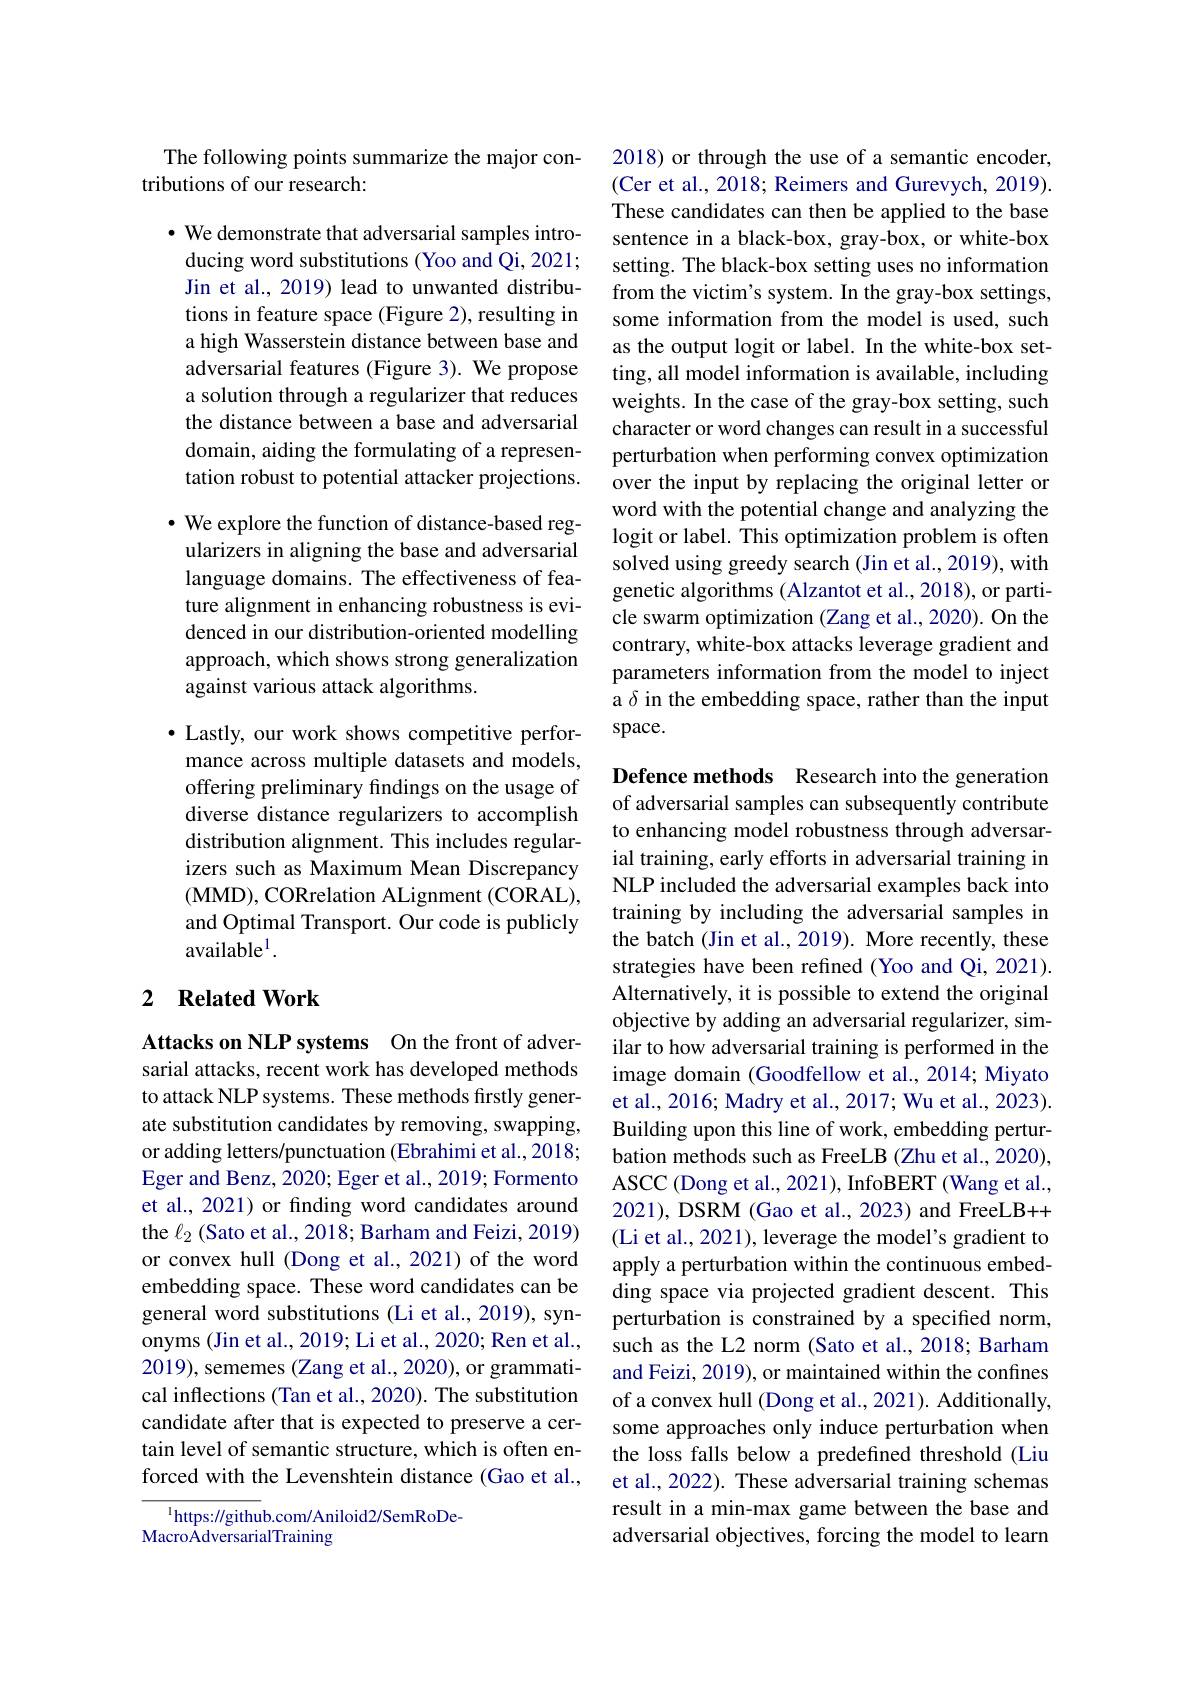
The following points summarize the major con-
tributions of our research:

$\cdot$ We demonstrate that adversarial samples introducing word substitutions (Yoo and Qi, 2021; Jin et al., 2019) lead to unwanted distributions in feature space (Figure 2), resulting in a high Wasserstein distance between base and adversarial features (Figure 3). We propose a solution through a regularizer that reduces the distance between a base and adversarial domain, aiding the formulating of a representation robust to potential attacker projections.

· We explore the function of distance-based regularizers in aligning the base and adversarial language domains. The effectiveness of feature alignment in enhancing robustness is evidenced in our distribution-oriented modelling approach, which shows strong generalization against various attack algorithms.

$\bullet$ Lastly, our work shows competitive performance across multiple datasets and models, offering preliminary findings on the usage of diverse distance regularizers to accomplish distribution alignment. This includes regularizers such as Maximum Mean Discrepancy (MMD),CORrelation ALignment (CORAL), and Optimal Transport. Our code is publicly available$^1.$

### 2 $\textbf{Related Work}$

Attacks on NLP systems On the front of adversarial attacks, recent work has developed methods to attack NLP systems. These methods firstly generate substitution candidates by removing, swapping, or adding letters/punctuation (Ebrahimi et al.,2018; Eger and Benz, 2020; Eger et al., 2019; Formento et al., 2021) or finding word candidates around the $\ell_2$ (Sato et al., 2018; Barham and Feizi, 2019) or convex hull (Dong et al., 2021) of the word embedding space. These word candidates can be general word substitutions (Li et al., 2019), synonyms (Jin et al., 2019; Li et al., 2020; Ren et al., 2019), sememes (Zang et al., 2020), or grammatical inflections (Tan et al., 2020). The substitution candidate after that is expected to preserve a certain level of semantic structure, which is often enforced with the Levenshtein distance (Gao et al.,
$^{1}$https://github.com/Aniloid2/SemRoDe-

MacroAdversarialTraining

2018) or through the use of a semantic encoder, (Cer et al., 2018; Reimers and Gurevych, 2019). These candidates can then be applied to the base sentence in a black-box, gray-box, or white-box setting. The black-box setting uses no information from the victim's system. In the gray-box settings, some information from the model is used, such as the output logit or label. In the white-box setting, all model information is available, including weights. In the case of the gray-box setting, such character or word changes can result in a successful perturbation when performing convex optimization over the input by replacing the original letter or word with the potential change and analyzing the logit or label. This optimization problem is often solved using greedy search (Jin et al., 2019), with genetic algorithms (Alzantot et al., 2018), or particle swarm optimization (Zang et al., 2020). On the contrary, white-box attacks leverage gradient and parameters information from the model to inject a $\delta$ in the embedding space, rather than the input space.

Defence methods Research into the generation of adversarial samples can subsequently contribute to enhancing model robustness through adversarial training, early efforts in adversarial training in NLP included the adversarial examples back into training by including the adversarial samples in the batch (Jin et al., 2019). More recently, these strategies have been refined (Yoo and Qi, 2021). Alternatively, it is possible to extend the original objective by adding an adversarial regularizer, similar to how adversarial training is performed in the image domain (Goodfellow et al., 2014; Miyato et al., 2016; Madry et al., 2017; Wu et al., 2023). Building upon this line of work, embedding perturbation methods such as FreeLB (Zhu et al., 2020), ASCC (Dong et al., 2021), InfoBERT (Wang et al., 2021), DSRM (Gao et al., 2023) and FreeLB++ (Li et al., 2021), leverage the model's gradient to apply a perturbation within the continuous embedding space via projected gradient descent. This perturbation is constrained by a specified norm, such as the L2 norm (Sato et al., 2018; Barham and Feizi, 2019), or maintained within the confines of a convex hull (Dong et al., 2021). Additionally, some approaches only induce perturbation when the loss falls below a predefined threshold (Liu et al., 2022). These adversarial training schemas result in a min-max game between the base and adversarial objectives, forcing the model to learn